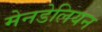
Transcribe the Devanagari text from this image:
मेनडेलियन